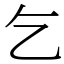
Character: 乞